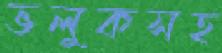
ভলুকসহ